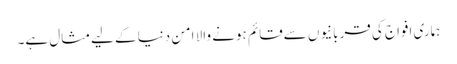
ہماری افواج کی قربانیوں سےقائم ہونے والا امن دنیا کے لیےمثال ہے۔